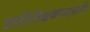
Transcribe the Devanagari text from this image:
उपनिरीक्षकपदासाठी